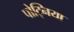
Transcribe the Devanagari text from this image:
पोट्निया